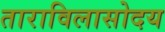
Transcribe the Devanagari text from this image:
ताराविलासोदय